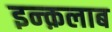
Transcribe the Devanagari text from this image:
इन्क़लाब